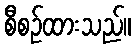
စီစဉ်ထားသည်။